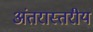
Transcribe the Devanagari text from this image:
अंतरास्तरीय